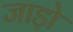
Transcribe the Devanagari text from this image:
जाड़ो